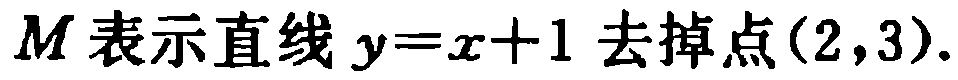
\(M\)表示直线\(y = x + 1\)去掉点\((2,3)\).